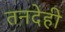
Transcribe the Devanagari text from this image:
तनदेही